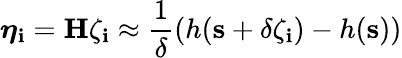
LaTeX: \boldsymbol{\eta}_{\mathbf{i}}=\mathbf{{H}}\zeta_{\mathbf{i}}\approx\frac{{1}}{{\delta}}\left(h(\mathbf{{s}}+\delta\zeta_{\mathbf{i}})-h(\mathbf{{s}})\right)